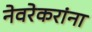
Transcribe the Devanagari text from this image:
नेवरेकरांना